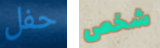
حفل شخص